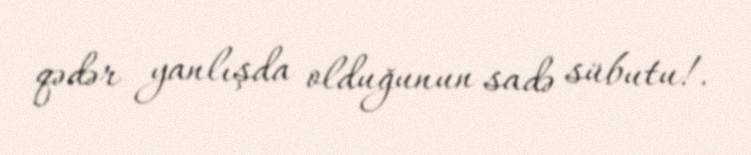
qədər yanlışda olduğunun sadə sübutu!.